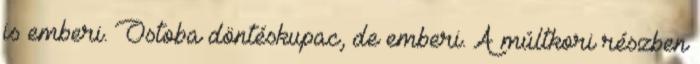
is emberi. Ostoba döntéskupac, de emberi. A múltkori részben